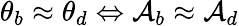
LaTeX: \theta_{b}\approx\theta_{d}\Leftrightarrow\mathcal{A}_{b}\approx\mathcal{A}_{d}